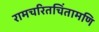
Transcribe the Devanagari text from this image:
रामचरितचिंतामणि